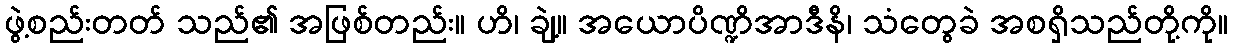
ဖွဲ့စည်းတတ် သည်၏ အဖြစ်တည်း။ ဟိ၊ ချဲ့။ အယောပိဏ္ဍိအာဒီနိ၊ သံတွေခဲ အစရှိသည်တို့ကို။